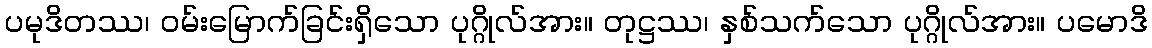
ပမုဒိတဿ၊ ဝမ်းမြောက်ခြင်းရှိသော ပုဂ္ဂိုလ်အား။ တုဋ္ဌဿ၊ နှစ်သက်သော ပုဂ္ဂိုလ်အား။ ပမောဒိ